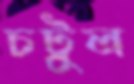
চটুল